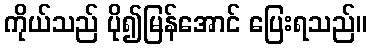
ကိုယ်သည် ပို၍မြန်အောင် ပြေးရသည်။